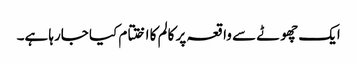
ایک چھوٹے سے واقعہ پر کالم کا اختتام کیا جارہا ہے۔